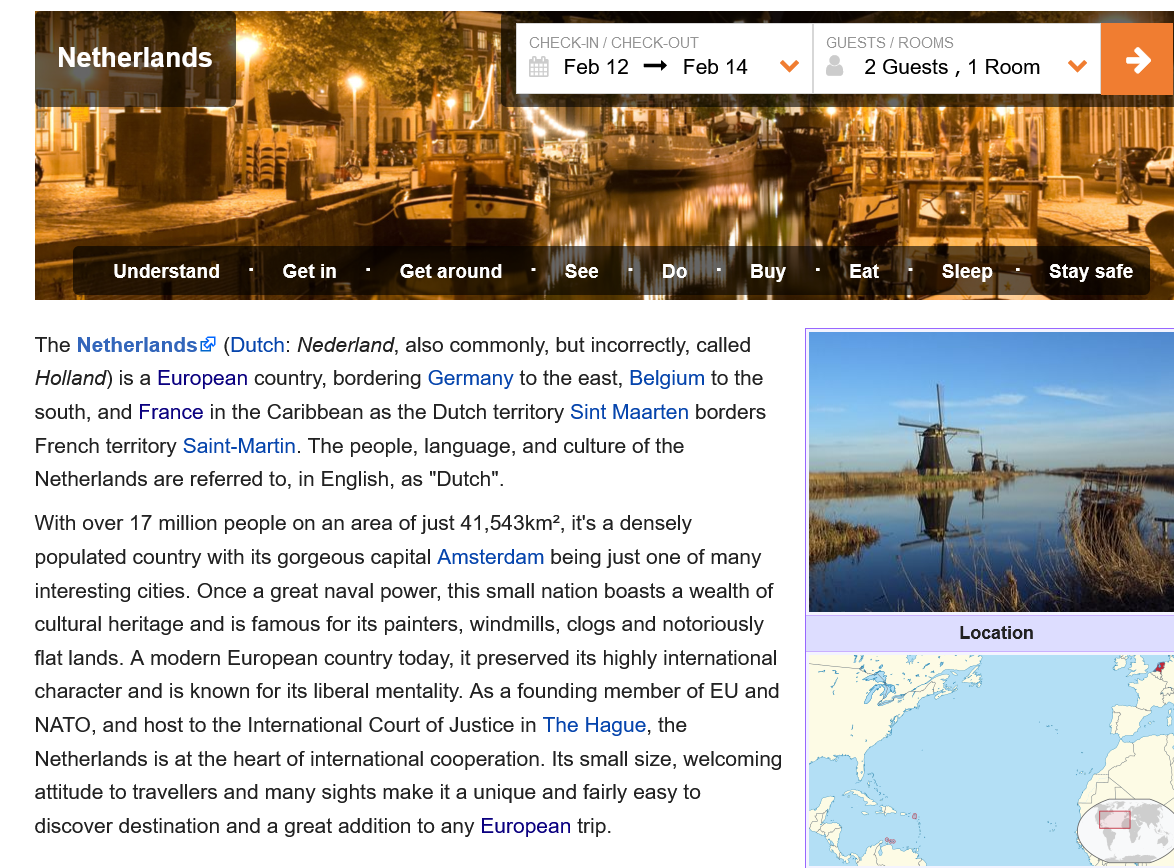
Netherlands

     Netherlands    ,
    a
     |

     Understand
     -
     Getin
     -
     Getaround
     -
     See
     =
     Do
     =
     Buy
     -
     Eat
     -
     Sleep.-   Stay safe
     CHECK-IN
     /
     CHECK-OUT    GUESTS
     /
     ROOMS
     Feb12   —   Feb14    Vv    2Guests,1   Room    VY
    The Netherlands®  (Dutch: Nederland, also commonly, but incorrectly, called
    Holland) is a European country, bordering Germany to the east, Belgium to the
    south, and France in the Caribbean as the Dutch territory Sint Maarten borders
    French territory Saint-Martin. The people, language, and culture of the
    Netherlands are referred to, in English, as "Dutch".
    With over 17 million people on an area of just 41,543km2, it's a densely
    populated country with its gorgeous capital Amsterdam being just one of many
    interesting cities. Once a great naval power, this small nation boasts a wealth of
    cultural heritage and is famous for its painters, windmills, clogs and notoriously
    flat lands. A modern European country today, it preserved its highly international
    character and is known for its liberal mentality. As a founding member of EU and
    NATO, and  host to the International Court of Justice in The Hague, the
    Netherlands is at the heart of international cooperation. Its small size, welcoming
    attitude to travellers and many sights make it a unique and fairly easy to
    discover destination and a great addition to any European trip.
     ae    a    tee    ee
     a
     Understand
     -
     Getin
     -
     Getaround
     -
     See
     =
     Do
     =
     Buy
     -
     Eat
     -
     Sleep.-   Stay safe
     Location